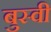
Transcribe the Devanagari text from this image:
बुस्वी